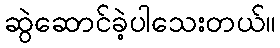
ဆွဲဆောင်ခဲ့ပါသေးတယ်။